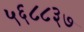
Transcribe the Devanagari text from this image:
५६८८३७